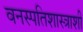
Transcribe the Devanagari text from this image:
वनस्पतिशास्त्राशी